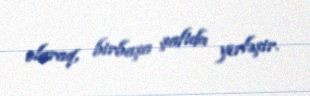
olaraq, birbaşa şaftda yerləşir.